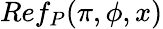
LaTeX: Ref_{P}(\pi,\phi,x)